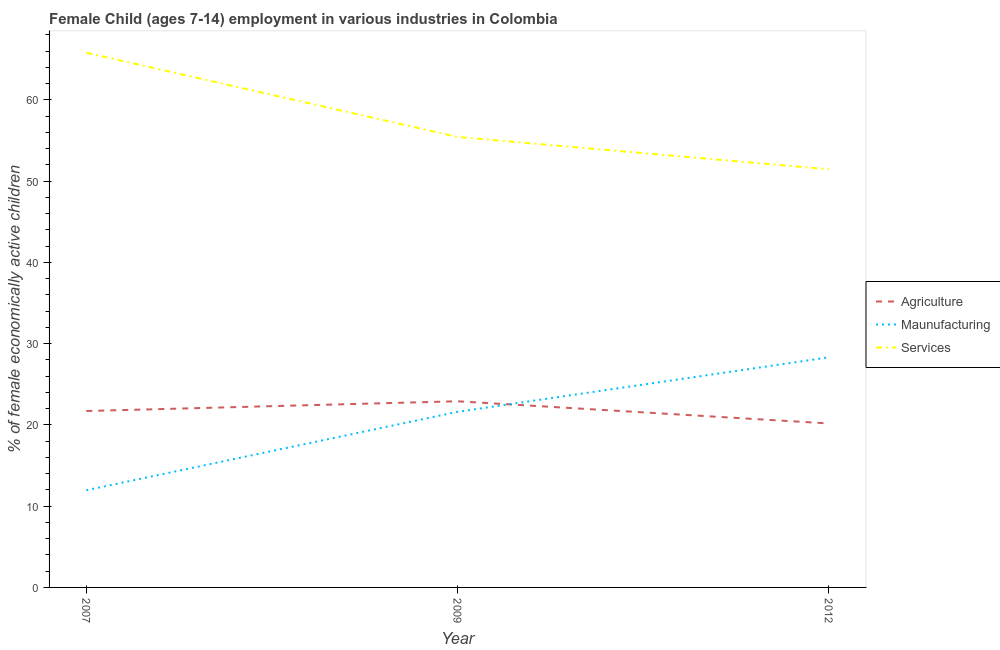
| Year | Agriculture | Maunufacturing | Services |
 | --- | --- | --- | --- |
 | 2007 | 21.7 | 12 | 65.8 |
 | 2009 | 22.9 | 21.6 | 55.4 |
 | 2012 | 20.2 | 28.3 | 51.5 |